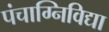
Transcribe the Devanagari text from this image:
पंचाग्निविद्या